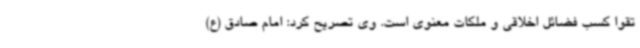
تقوا کسب فضائل اخلاقی و ملکات معنوی است. وی تصریح کرد: امام صادق (ع)